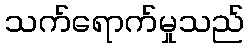
သက်ရောက်မှုသည်